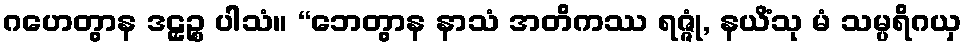
ဂဟေတွာန ဒဠှဉ္စ ပါသံ။ “ဘေတွာန နာသံ အတိကဿ ရဇ္ဇုံ, နယိံသု မံ သမ္ပရိဂယှ